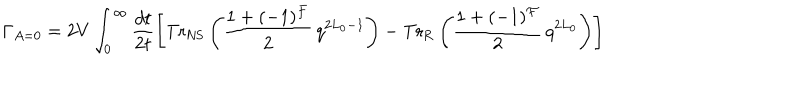
LaTeX: \Gamma _ { A = 0 } = 2 V \int _ { 0 } ^ { \infty } \frac { d t } { 2 t } \left[ \mathrm { T r } _ { \mathrm { N S } } \left( \frac { 1 + ( - 1 ) ^ { \cal F } } { 2 } \, q ^ { 2 L _ { 0 } - 1 } \right) - \mathrm { T r } _ { \mathrm { R } } \left( \frac { 1 + ( - 1 ) ^ { \cal F } } { 2 } \, q ^ { 2 L _ { 0 } } \right) \right]